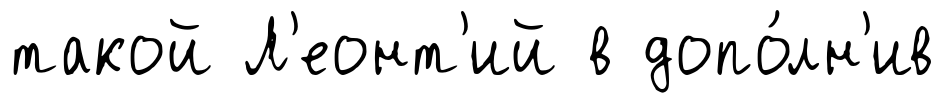
такой Л'еонт'ий в допо́лн'ив